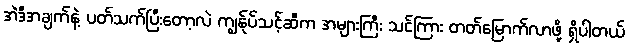
အဲဒီအချက်နဲ့ ပတ်သက်ပြီးတော့လဲ ကျွန်ုပ်သင့်ဆီက အများကြီး သင်ကြား တတ်မြောက်လာဖို့ ရှိပါတယ်